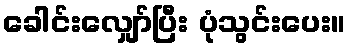
ခေါင်းလျှော်ပြီး ပုံသွင်းပေး။